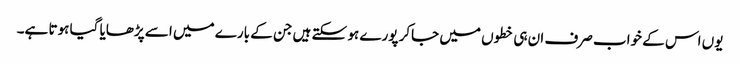
یوں اس کے خواب صرف ان ہی خطوں میں جاکر پورے ہو سکتے ہیں جن کے بارے میں اسے پڑھایا گیا ہوتا ہے۔